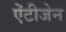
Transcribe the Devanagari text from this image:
ऐंटीजेन